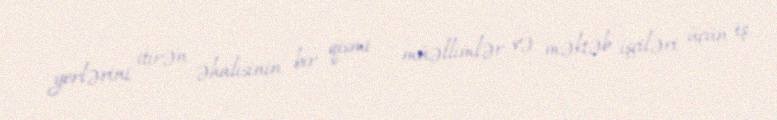
yerlərini itirən əhalisinin bir qismi - müəllimlər və məktəb işçiləri üçün iş